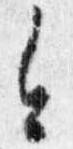
今